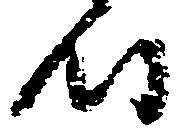
時